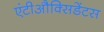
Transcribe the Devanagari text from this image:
एंटीऔक्सिडेंटस